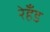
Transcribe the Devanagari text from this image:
रेहँड